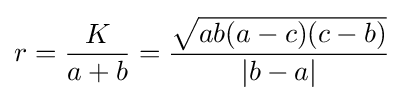
r={\frac {K}{a+b}}={\frac {\sqrt {ab(a-c)(c-b)}}{|b-a|}}